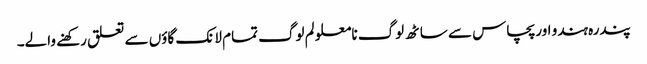
پندرہ ہندو اور پچاس سے ساٹھ لوگ نامعلو لم لوگ تمام لانک گاؤں سے تعلق رکھنے والے۔